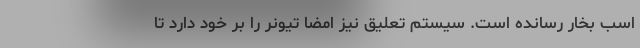
اسب بخار رسانده است. سیستم تعلیق نیز امضا تیونر را بر خود دارد تا